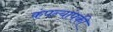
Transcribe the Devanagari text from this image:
कंपन्यांपकी